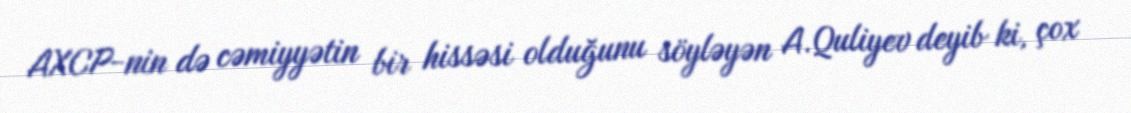
AXCP-nin də cəmiyyətin bir hissəsi olduğunu söyləyən A.Quliyev deyib ki, çox